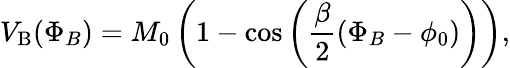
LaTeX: V_{\mathrm{B}}(\Phi_{B})=M_{0}\left(1-\cos\left(\frac{\beta}{2}(\Phi_{B}-\phi_{0})\right)\right),